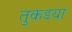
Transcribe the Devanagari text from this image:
तुकडय़ा